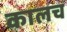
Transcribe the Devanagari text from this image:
कालच